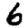
Digit: 6